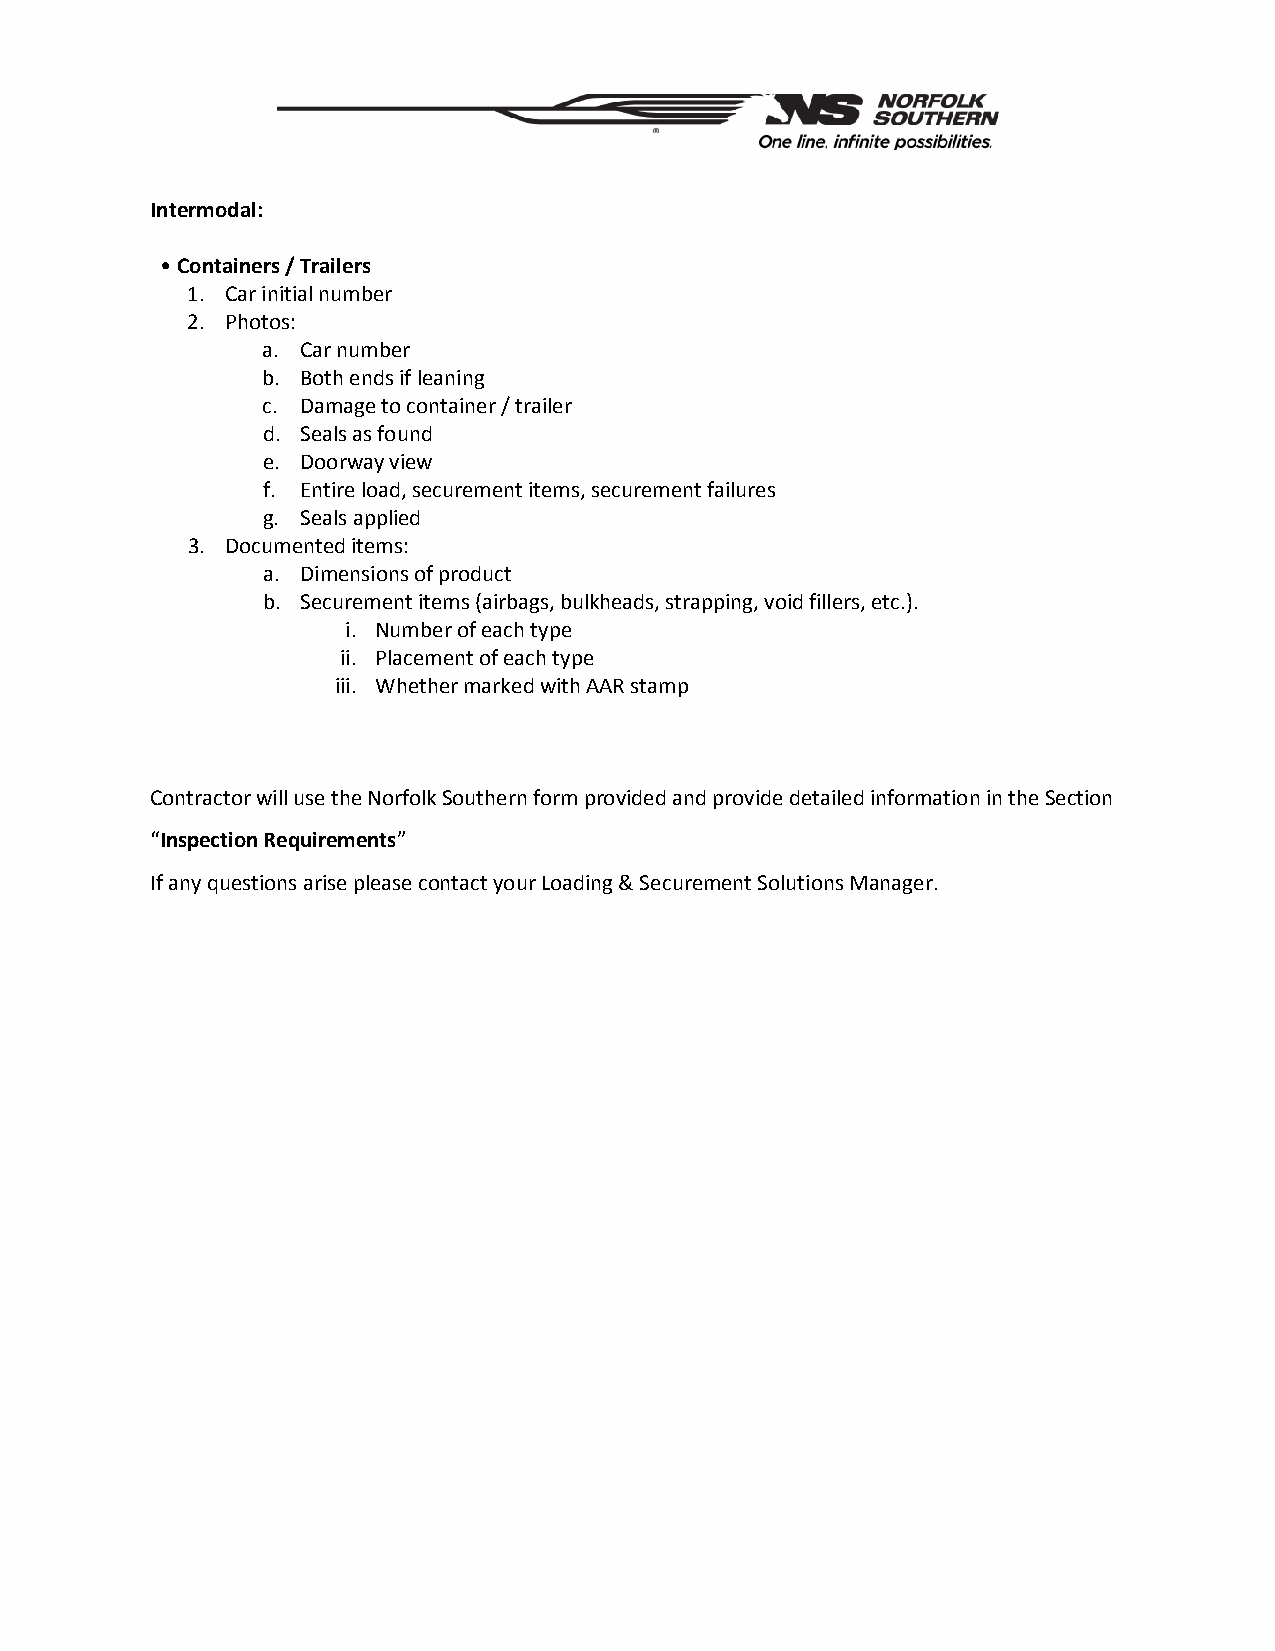
Intermodal:
 •Containers / Trailers
 1. Car initial number
 2. Photos:
 a. Car number
 b. Both ends if leaning
 c. Damage to container / trailer
 d. Seals as found
 e. Doorway view
 f. Entire load, securement items, securement failures
 g. Seals applied
 3. Documented items:
 a. Dimensions of product
 b. Securement items (airbags, bulkheads, strapping, void fillers, etc.).
 i. Number of each type
 ii. Placement of each type
 iii. Whether marked with AAR stamp
 Contractor will use the Norfolk Southern form provided and provide detailed information in the Section
 “Inspection Requirements”
 If any questions arise please contact your Loading & Securement Solutions Manager.